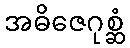
အဓိဇေဂုစ္ဆံ